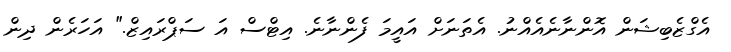
އެގްޒެބިޝަން އޮންނާނެއެއްނު. އެތަނަށް އައީމަ ފެންނާނެ. އިޓްސް އަ ސަޕްރައިޒް." އަހަރެން ދިން